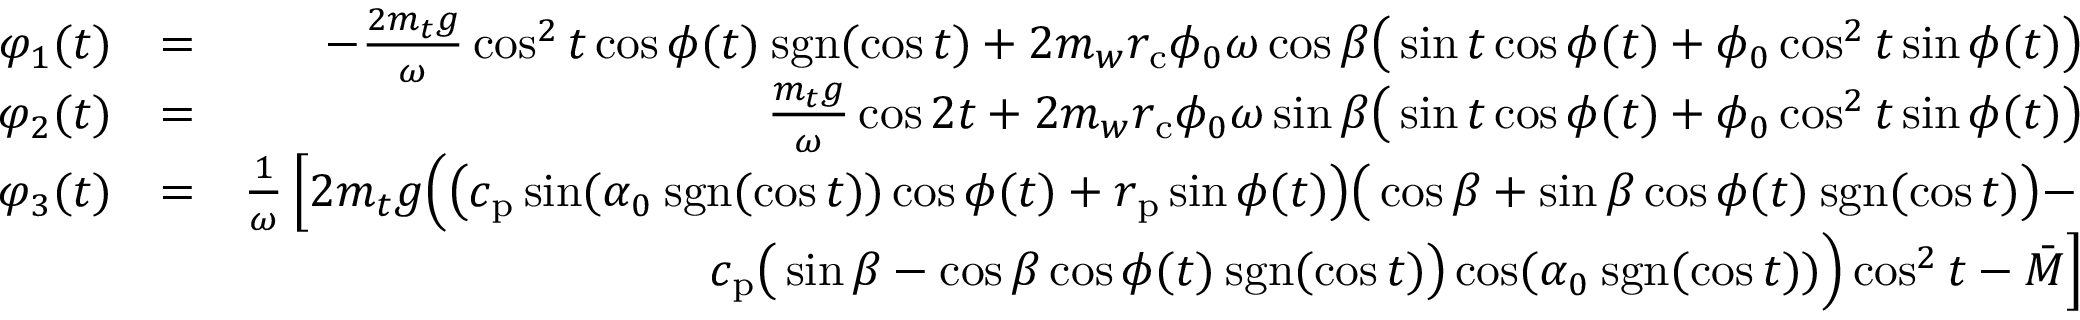
\begin{array} { r l r } { \varphi _ { 1 } ( t ) } & { = } & { - \frac { 2 m _ { t } g } { \omega } \cos ^ { 2 } t \cos \phi ( t ) \: \mathrm { s g n } ( \cos t ) + 2 m _ { w } r _ { \mathrm { c } } \phi _ { 0 } \omega \cos \beta \big ( \sin t \cos \phi ( t ) + \phi _ { 0 } \cos ^ { 2 } t \sin \phi ( t ) \big ) } \\ { \varphi _ { 2 } ( t ) } & { = } & { \frac { m _ { t } g } { \omega } \cos 2 t + 2 m _ { w } r _ { \mathrm { c } } \phi _ { 0 } \omega \sin \beta \big ( \sin t \cos \phi ( t ) + \phi _ { 0 } \cos ^ { 2 } t \sin \phi ( t ) \big ) } \\ { \varphi _ { 3 } ( t ) } & { = } & { \frac { 1 } { \omega } \left[ 2 m _ { t } g \Big ( \big ( c _ { \mathrm { p } } \sin ( \alpha _ { 0 } \: \mathrm { s g n } ( \cos t ) ) \cos \phi ( t ) + r _ { \mathrm { p } } \sin \phi ( t ) \big ) \big ( \cos \beta + \sin \beta \cos \phi ( t ) \: \mathrm { s g n } ( \cos t ) \big ) - \right. } \\ & { } & { \left. c _ { \mathrm { p } } \big ( \sin \beta - \cos \beta \cos \phi ( t ) \: \mathrm { s g n } ( \cos t ) \big ) \cos ( \alpha _ { 0 } \: \mathrm { s g n } ( \cos t ) ) \Big ) \cos ^ { 2 } t - \bar { M } \right] } \end{array}